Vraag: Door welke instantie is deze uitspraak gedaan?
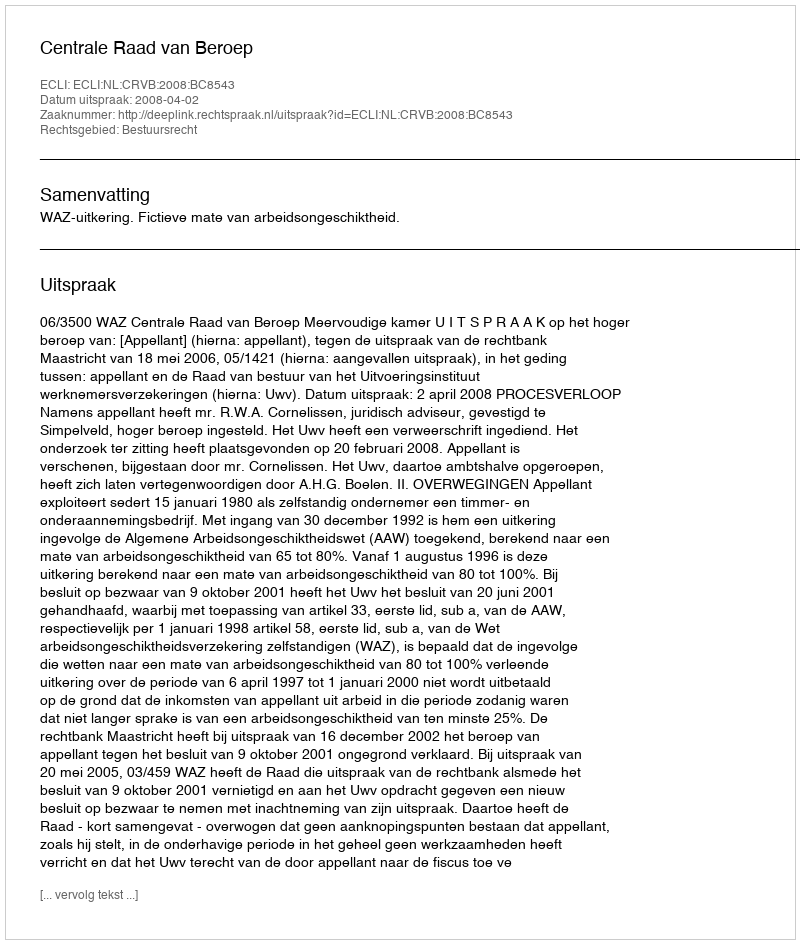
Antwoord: Centrale Raad van Beroep